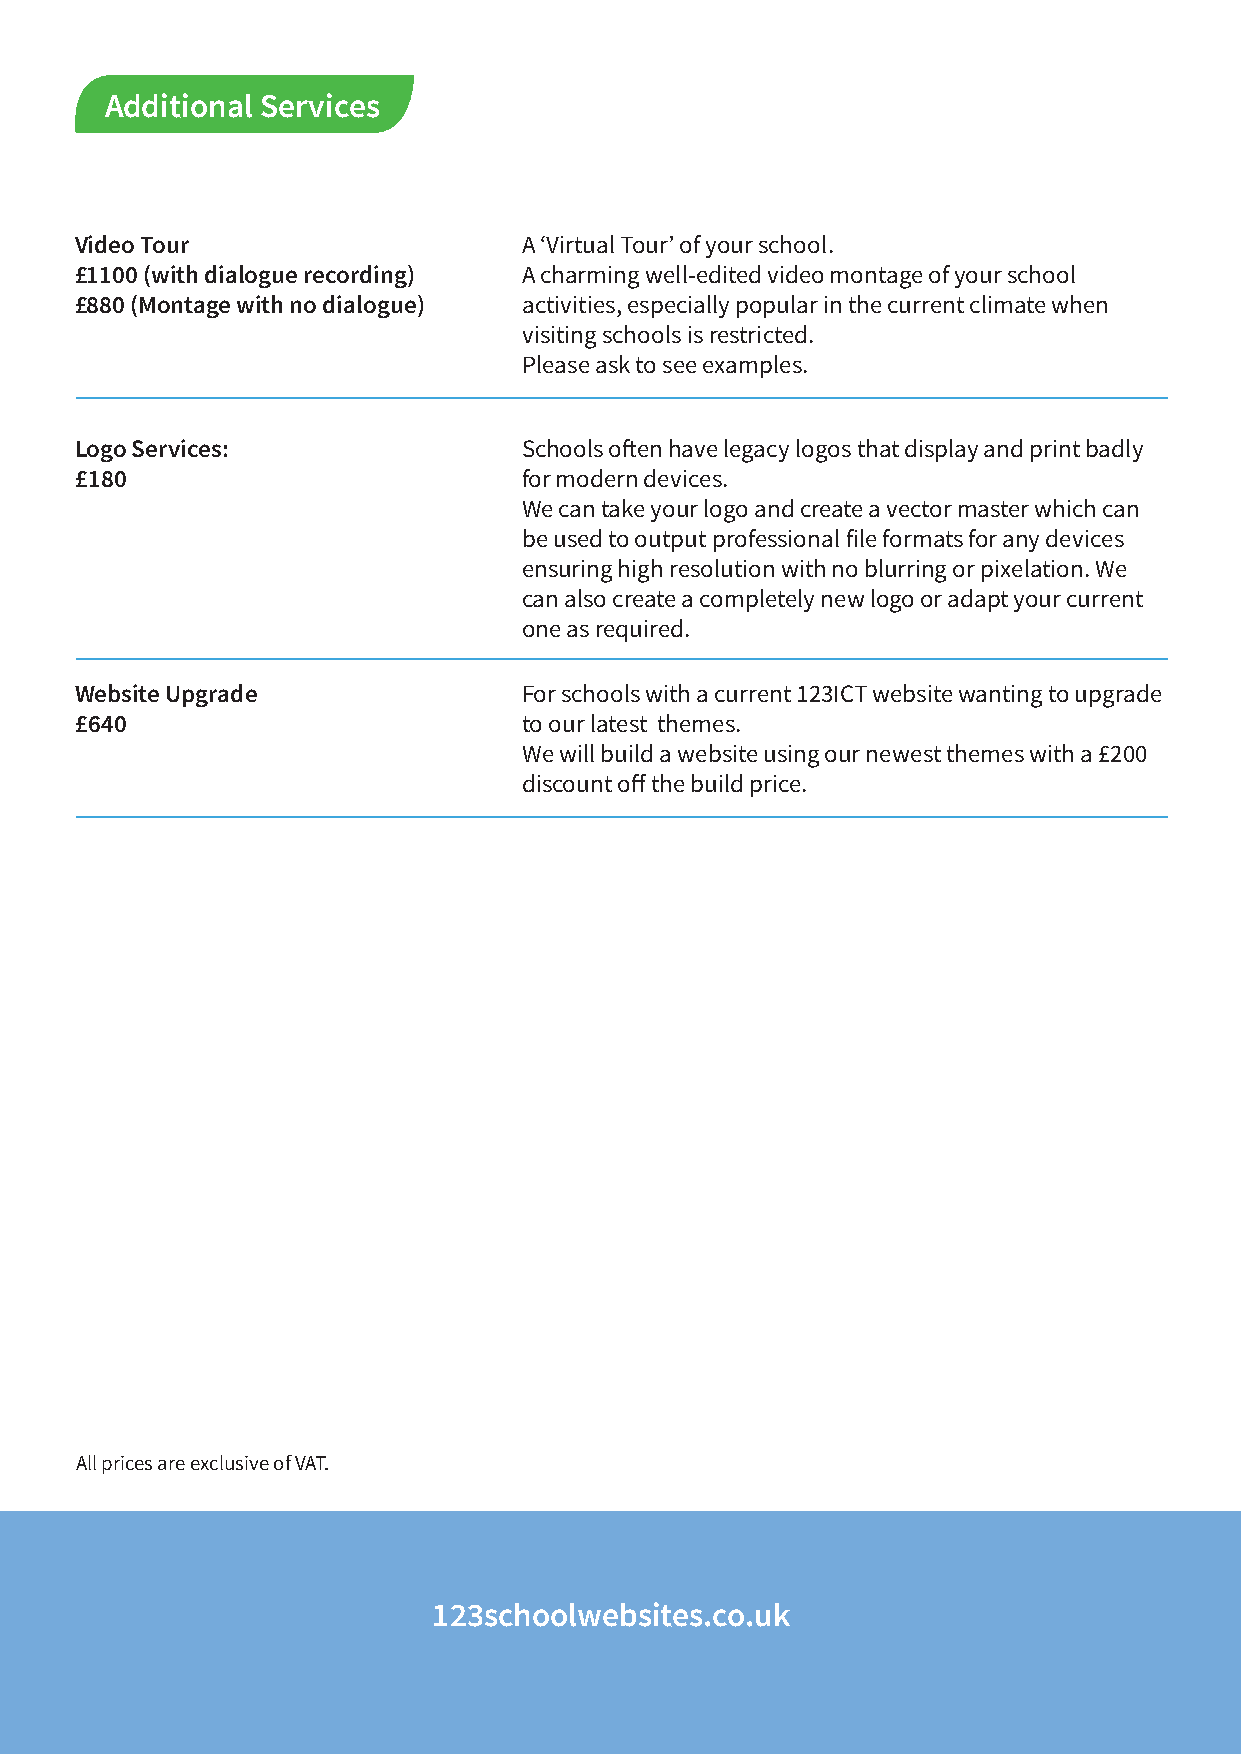
Additional Services
 Video Tour                    A ‘Virtual Tour’ of your school.
 £1100 (with dialogue recording) A charming well-edited video montage of your school
 £880 (Montage with no dialogue) activities, especially popular in the current climate when
 visiting schools is restricted.
 Please ask to see examples.
 Logo Services:                Schools often have legacy logos that display and print badly
 £180                          for modern devices.
 We can take your logo and create a vector master which can
 be used to output professional file formats for any devices
 ensuring high resolution with no blurring or pixelation. We
 can also create a completely new logo or adapt your current
 one as required.
 Website Upgrade               For schools with a current 123ICT website wanting to upgrade
 £640                          to our latest themes.
 We will build a website using our newest themes with a £200
 discount off the build price.
 All prices are exclusive of VAT.
 123schoolwebsites.co.uk